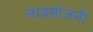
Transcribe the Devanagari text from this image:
लाइसोजनी